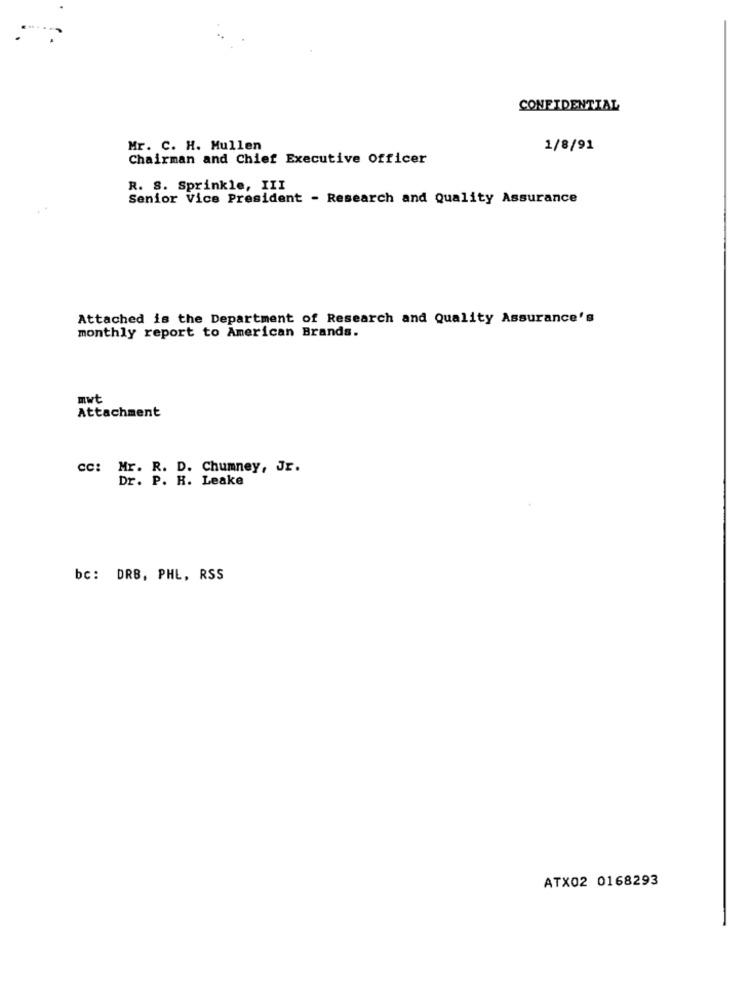
CONFIDENTIAL
Mr. C. H. Mullen
1/8/91
Chairman and Chief Executive Officer
R. S. Sprinkle, III
Senior Vice President - Research and Quality Assurance
. .
Attached is the Department of Research and Quality Assurance's
monthly report to American Brands.
mwt
Attachment
cc: Mr. R. D. Chumney, Jr.
Dr. P. H. Leake
bc: DRB, PHL, RSS
ATX02 0168293